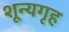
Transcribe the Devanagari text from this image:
शून्यगृह